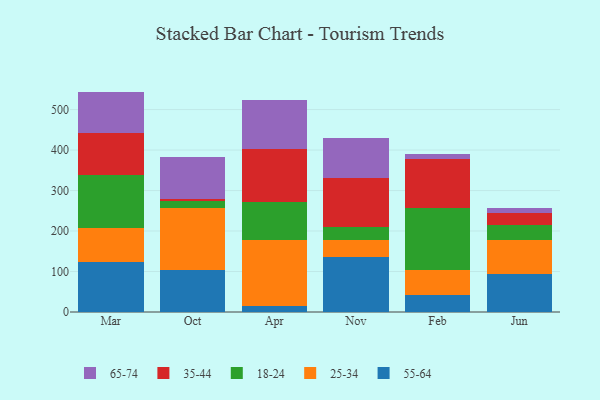
{"axis": {"x": "Month", "y": "Conversion Rate (%)"}, "legend": ["18-24", "25-34", "35-44", "55-64", "65-74"], "data": [{"x": "Mar", "y": 124.6, "type": "55-64"}, {"x": "Mar", "y": 82.8, "type": "25-34"}, {"x": "Mar", "y": 131.1, "type": "18-24"}, {"x": "Mar", "y": 102.9, "type": "35-44"}, {"x": "Mar", "y": 103.0, "type": "65-74"}, {"x": "Oct", "y": 102.7, "type": "55-64"}, {"x": "Oct", "y": 155.2, "type": "25-34"}, {"x": "Oct", "y": 16.3, "type": "18-24"}, {"x": "Oct", "y": 5.7, "type": "35-44"}, {"x": "Oct", "y": 102.6, "type": "65-74"}, {"x": "Apr", "y": 15.0, "type": "55-64"}, {"x": "Apr", "y": 162.5, "type": "25-34"}, {"x": "Apr", "y": 95.0, "type": "18-24"}, {"x": "Apr", "y": 130.0, "type": "35-44"}, {"x": "Apr", "y": 121.4, "type": "65-74"}, {"x": "Nov", "y": 135.1, "type": "55-64"}, {"x": "Nov", "y": 43.8, "type": "25-34"}, {"x": "Nov", "y": 30.4, "type": "18-24"}, {"x": "Nov", "y": 120.9, "type": "35-44"}, {"x": "Nov", "y": 100.1, "type": "65-74"}, {"x": "Feb", "y": 42.5, "type": "55-64"}, {"x": "Feb", "y": 61.2, "type": "25-34"}, {"x": "Feb", "y": 152.8, "type": "18-24"}, {"x": "Feb", "y": 121.7, "type": "35-44"}, {"x": "Feb", "y": 12.4, "type": "65-74"}, {"x": "Jun", "y": 94.2, "type": "55-64"}, {"x": "Jun", "y": 83.1, "type": "25-34"}, {"x": "Jun", "y": 38.1, "type": "18-24"}, {"x": "Jun", "y": 28.8, "type": "35-44"}, {"x": "Jun", "y": 11.9, "type": "65-74"}]}